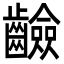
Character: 䶨